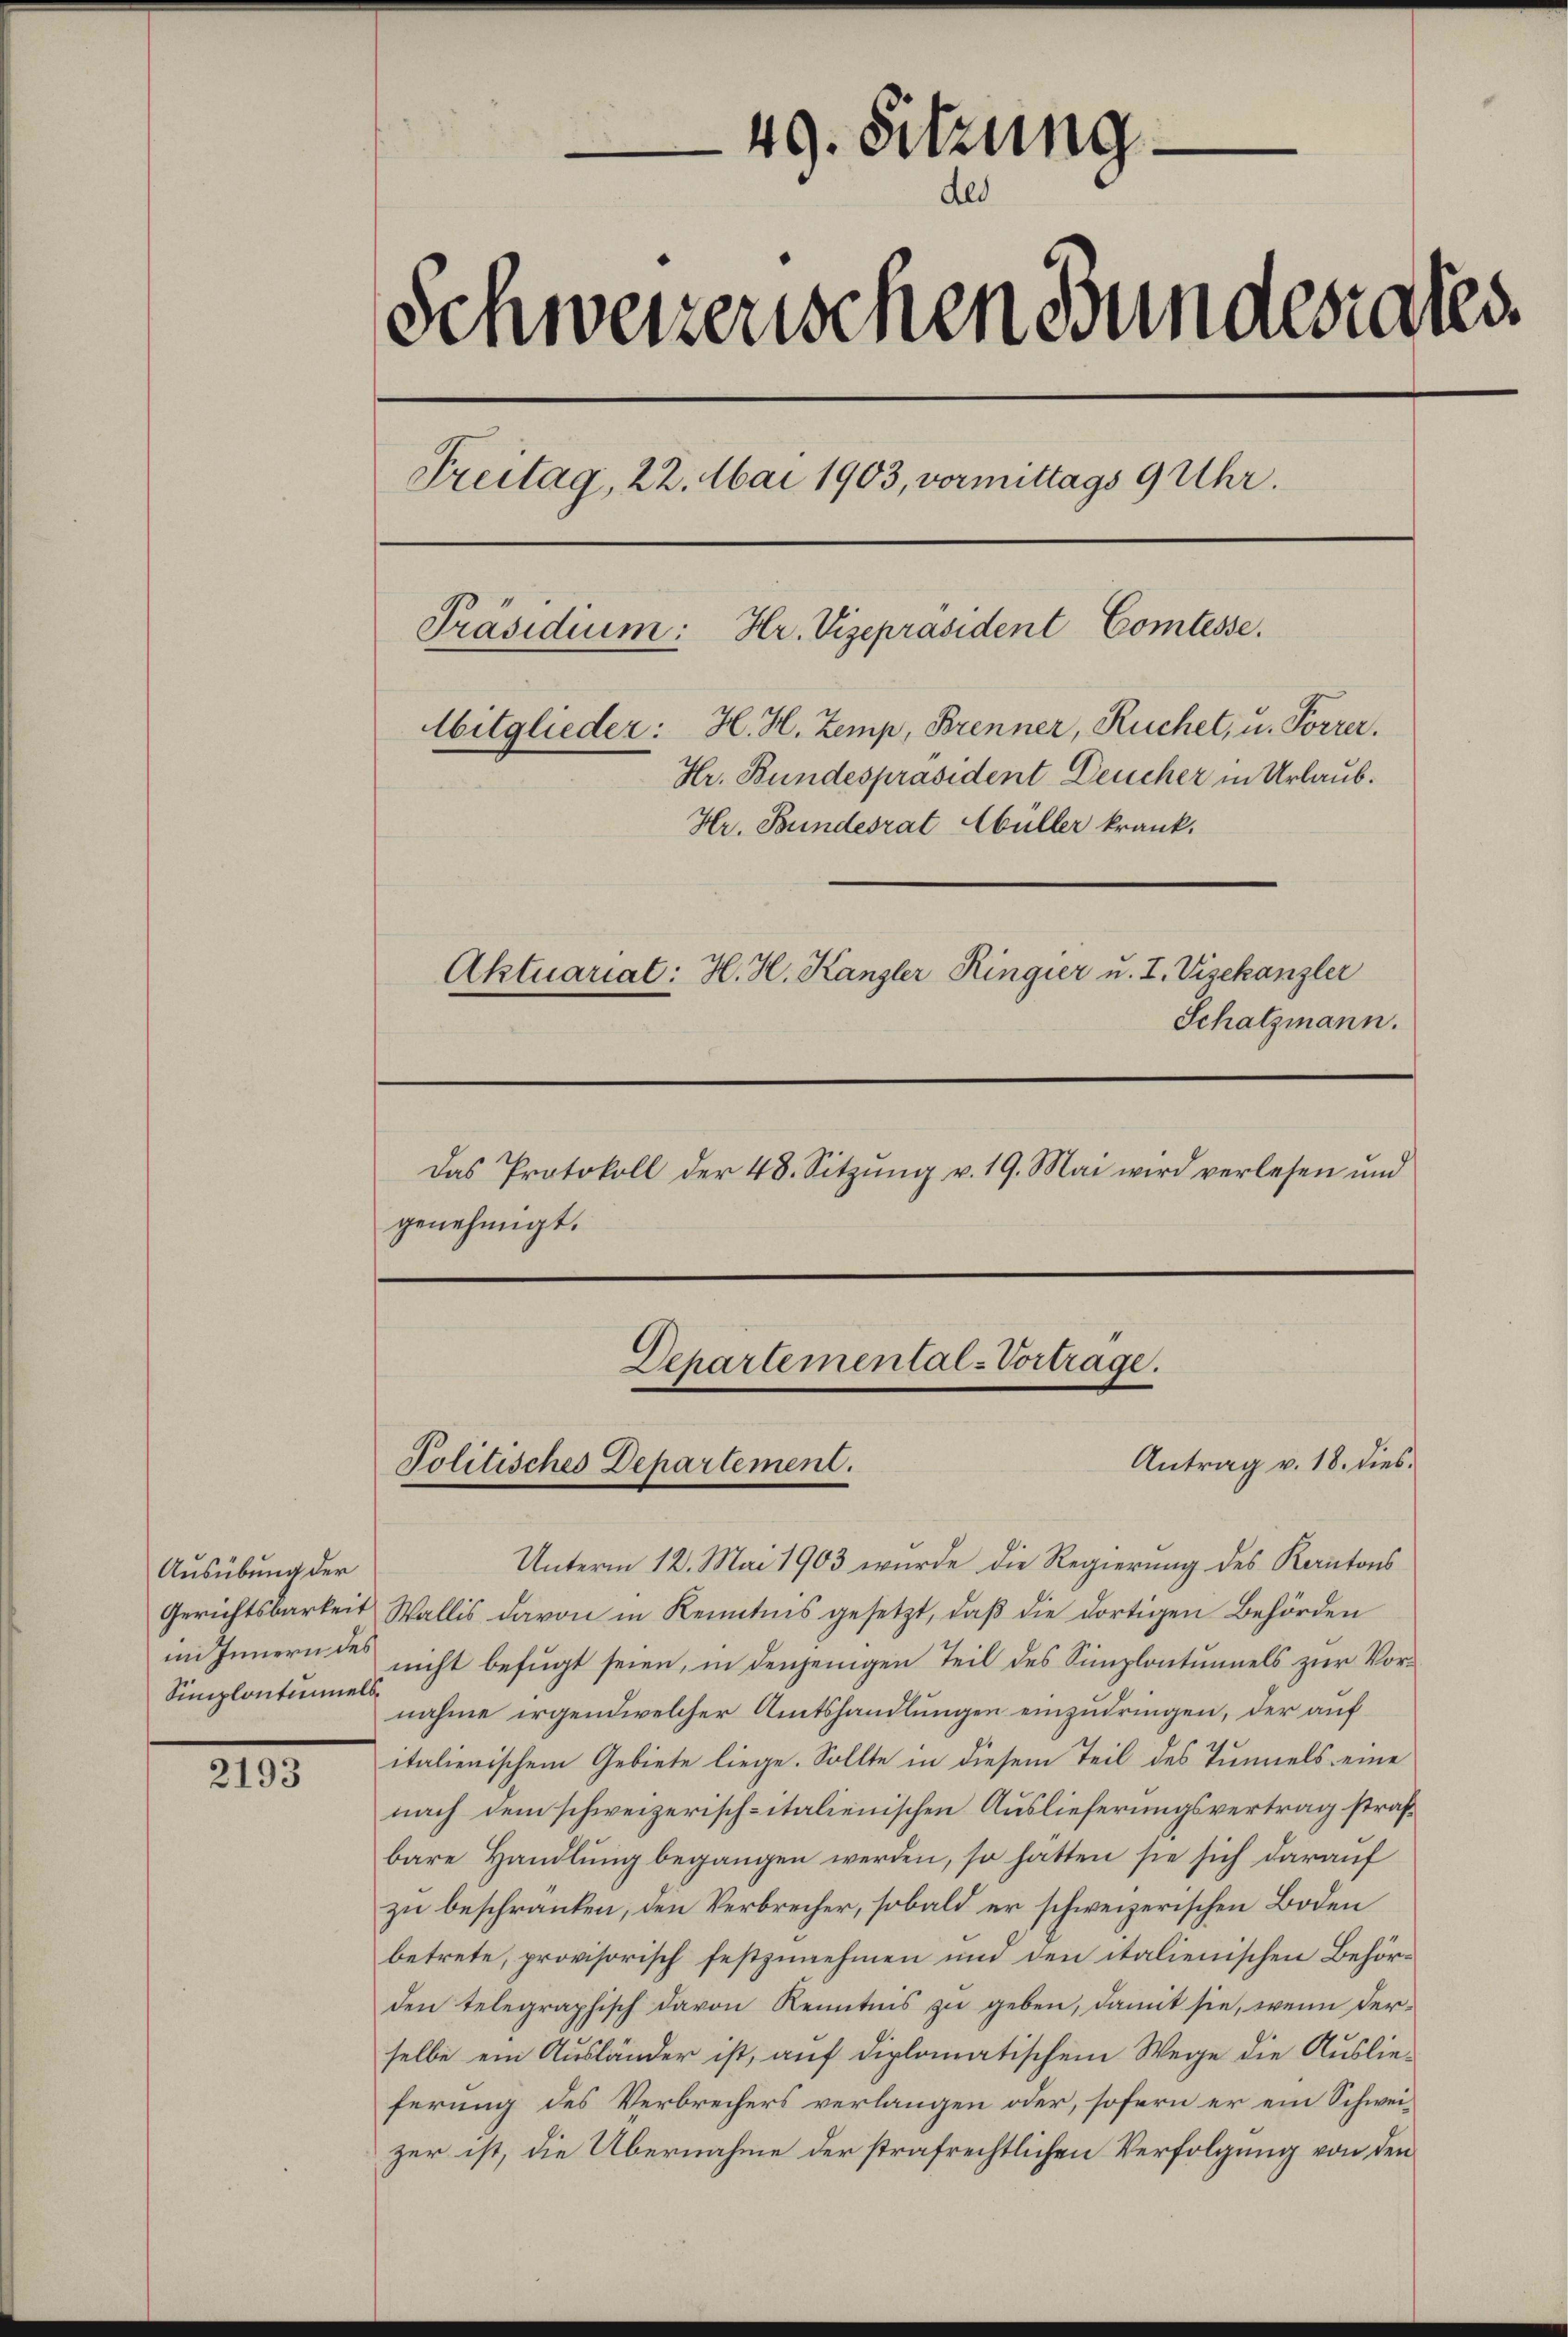
Ausübung der
Simplontinnels¬

2193

49. Sitzung
de
Schweizerischen Bundesrates.
Freitag, 22. Mai 1903, vormittags 9 Uhr.
Hr. Vizepräsident Comtesse.
Präsidium:
Mitglieder: H. H. Zemp, Brenner, Ruchet, u. Forrer.
Hr. Bundespräsident Deucher in Urlaub.
Hr. Bundesrat Müller krank.
Aktuariat: H. H. Kanzler Ringier u. I. Vizekanzler
Schatzmann.
Das Protokoll der 48. Sitzŭng v. 19. Mai wird verlesen und
genehmigt.

Unterm 12. Mai 1903 wurde die Regierung des Kantons
Gerichtsbarkeit Wallis davon in Kenntnis gesetzt, daß die dortigen Behörden
im Innern des nicht befugt seien, in denjenigen Teil des Simplontumels zur Vornahme irgendwelcher Amtshandlungen einzudringen, der auf
italienischem Gebiete liege. Sollte in diesem Teil des Tunnels eine
nach dem schweizerisch-italienischen Auslieferungsvertrag strafbare Handlung begangen werden, so hätten sie sich darauf
zu beschränken, den Verbrecher, sobald er schweizerischen Boden
betrete, provisorisch festzunehmen und den italienischen Behörden telegraphisch davon Kenntnis zu geben, damit sie, wenn derselbe ein Ausländer ist, auf diplomatischem Wege die Auslieferung des Verbrechers verlangen oder, sofern er ein Schweizer ist, die Übernahme der strafrechtlichen Verfolgung von den

Departemental-Vortrage.
Politisches Departement.

Antrag v. 18. dies